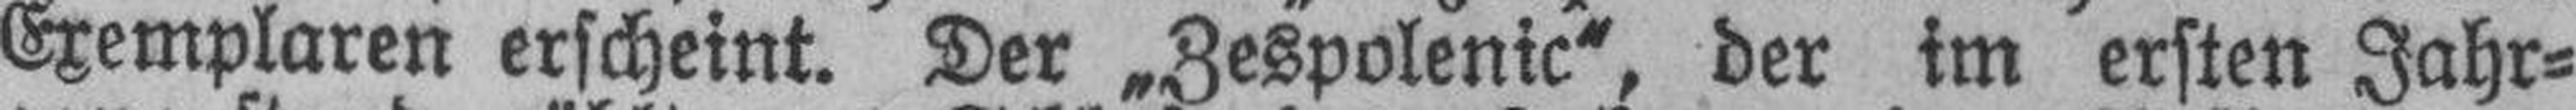
Exemplaren erscheint. Der „Zespolenic“, der im ersten Jahr¬